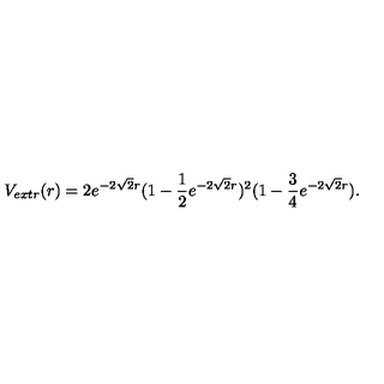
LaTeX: V _ { e x t r } ( r ) = 2 e ^ { - 2 \sqrt 2 r } ( 1 - { \frac { 1 } { 2 } } e ^ { - 2 \sqrt 2 r } ) ^ { 2 } ( 1 - { \frac { 3 } { 4 } } e ^ { - 2 \sqrt 2 r } ) .